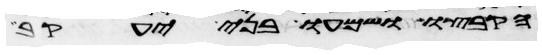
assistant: הקבצו ושמעו בני יעקב